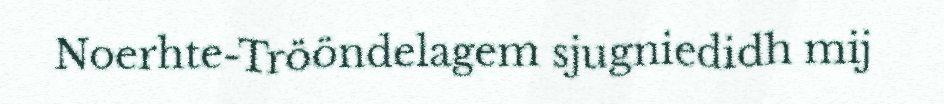
Noerhte-Trööndelagem sjugniedidh mij